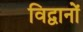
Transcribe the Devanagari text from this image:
विद्वानों